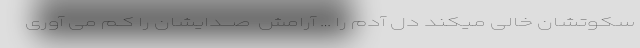
سکوتشان خالی مـیکند دل ِآدم را … آرامش ِ صــــدایشان را کــم می آوری